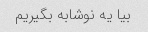
بیا یه نوشابه بگیریم